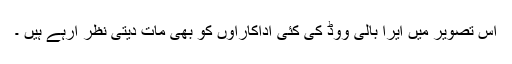
اس تصویر میں ایرا بالی ووڈ کی کئی اداکاراوں کو بھی مات دیتی نظر آرہے ہیں ۔